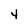
Character: 4